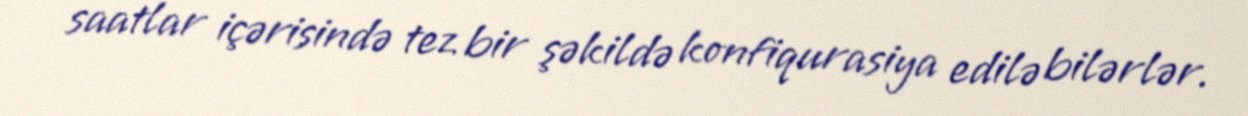
saatlar içərisində tez bir şəkildə konfiqurasiya edilə bilərlər.